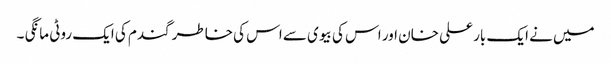
میں نے ایک بار علی خان اور اس کی بیوی سے اس کی خاطر گندم کی ایک روٹی مانگی ۔